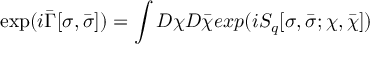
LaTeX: \exp ( i \bar { \Gamma } [ \sigma , \bar { \sigma } ] ) = \int D \chi D \bar { \chi } e x p ( i S _ { q } [ \sigma , \bar { \sigma } ; \chi , \bar { \chi } ] )